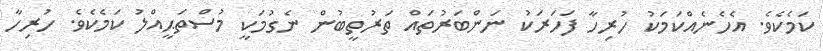
ކަމެކެވެ. އެހެނެއްކަމަކު ހުރިހާ ފަހަރަކު ނަންބަރުތައް ތަރުތީބުން ނެގުމަކީ މުސްތަޙީއްލު ކަމެކެވެ. ހުރިހާ